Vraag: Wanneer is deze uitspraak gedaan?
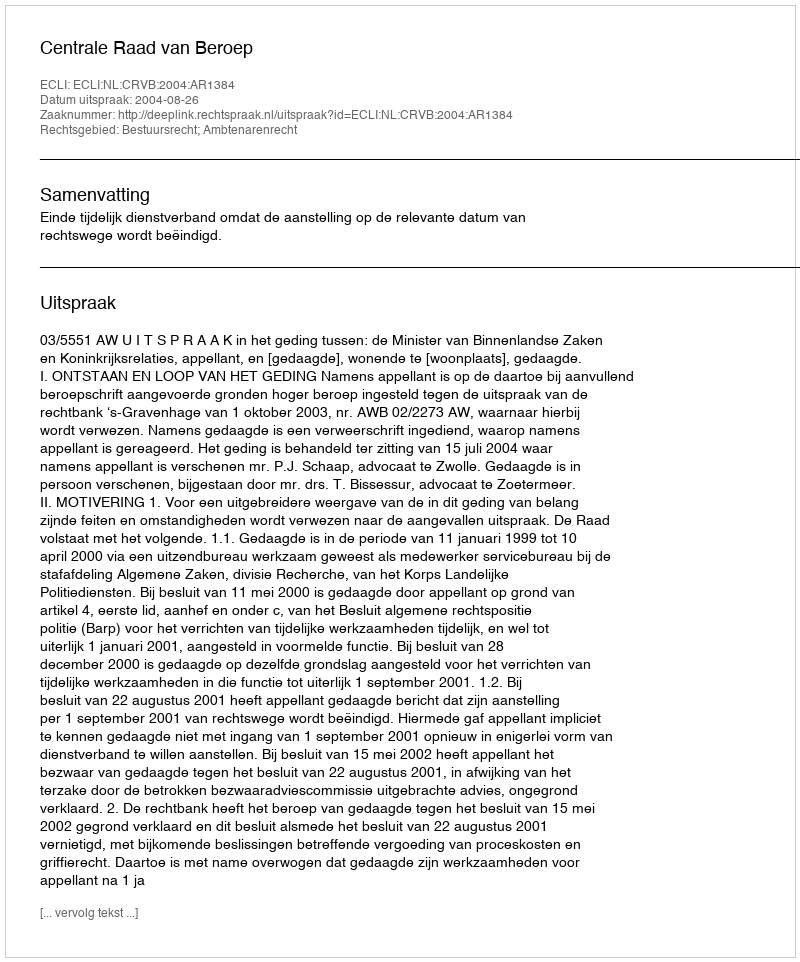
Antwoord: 2004-08-26